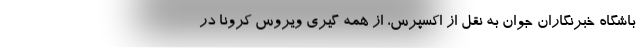
باشگاه خبرنگاران جوان به نقل از اکسپرس، از همه گیری ویروس کرونا در